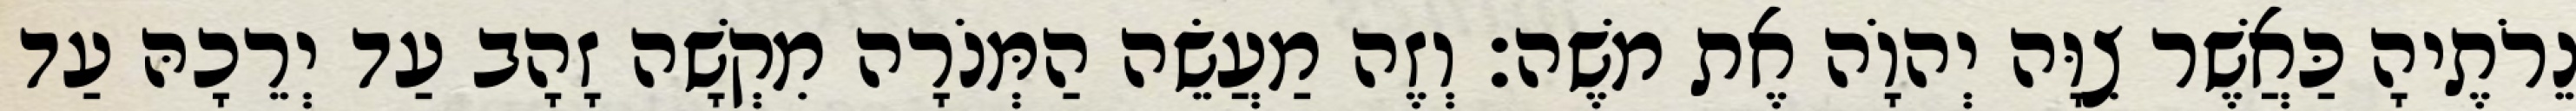
נֵרֹתֶיהָ כַּאֲשֶׁר צִוָּה יְהוָֹה אֶת משֶׁה׃ וְזֶה מַעֲשֵׂה הַמְּנֹרָה מִקְשָׁה זָהָב עַד יְרֵכָהּ עַד